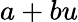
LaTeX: a+bu